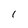
Character: l